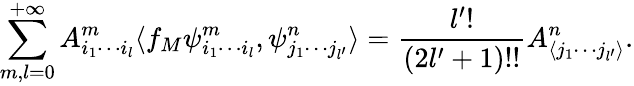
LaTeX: \sum_{m,l=0}^{+\infty}A_{i_{1}\cdots i_{l}}^{m}\langle f_{M}\psi_{i_{1}\cdots i_{l}}^{m},\psi_{j_{1}\cdots j_{l^{\prime}}}^{n}\rangle=\frac{l^{\prime}!}{(2l^{\prime}+1)!!}A_{\langle j_{1}\cdots j_{l^{\prime}}\rangle}^{n}.